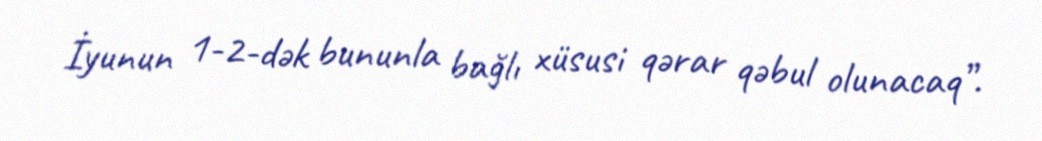
İyunun 1-2-dək bununla bağlı xüsusi qərar qəbul olunacaq”.